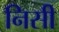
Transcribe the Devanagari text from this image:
निसी